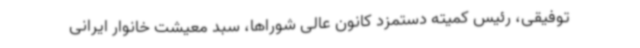
توفیقی، رئیس کمیته دستمزد کانون عالی شوراها، سبد معیشت خانوار ایرانی